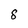
Character: 8